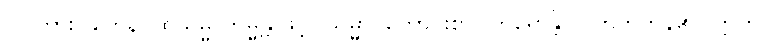
ဝါ၊ ကား။ တေန၊ ထိုသမ္မာကမ္မန္တဖြင့်။ သမ္မာ၊ ကောင်းစွာ။ ကရောန္တိ၊ ပြုတတ်ကုန်၏။ ဣတိ၊